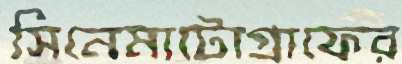
সিনেমাটোগ্রাফের